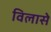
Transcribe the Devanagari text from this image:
विलासे